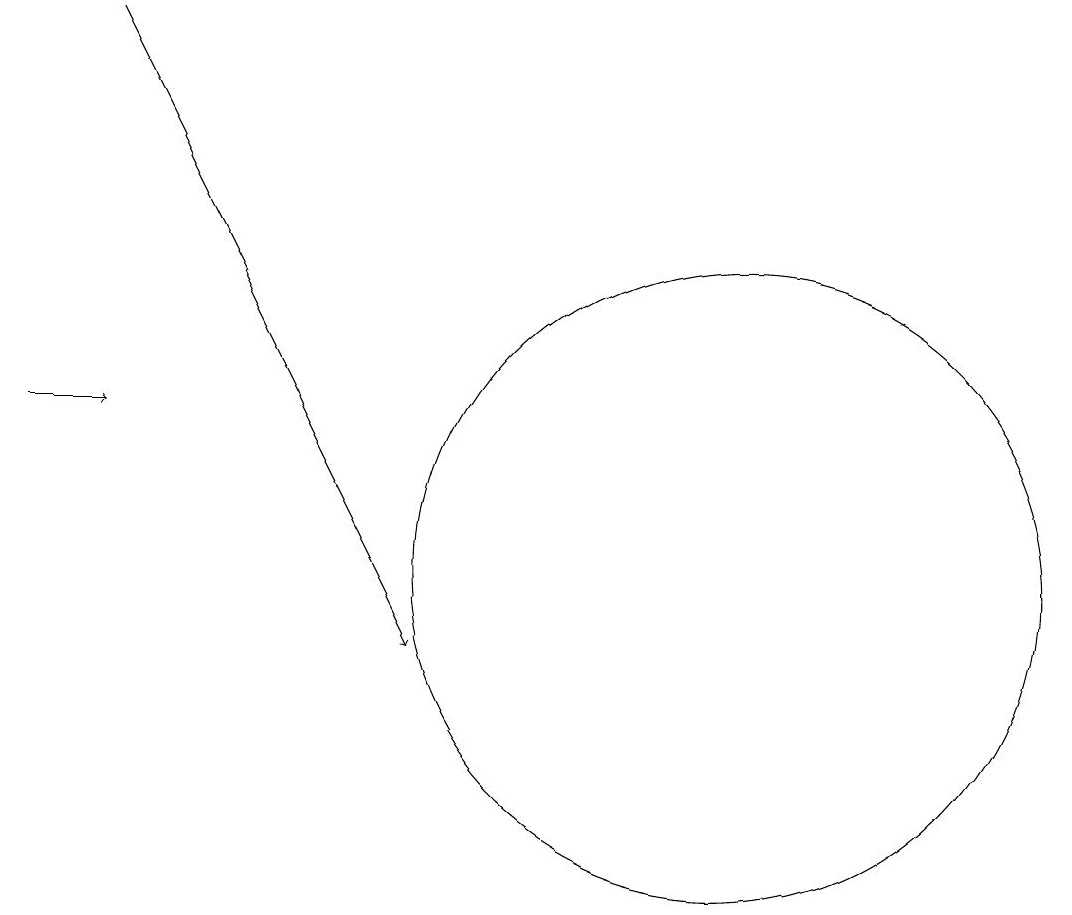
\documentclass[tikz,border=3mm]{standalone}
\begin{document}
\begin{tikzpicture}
\draw[->] (3,13) -- (4,13);
\draw[->] (4,18) -- (8,10);
\draw (12,11) circle (4);
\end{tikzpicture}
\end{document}